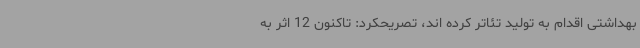
بهداشتی اقدام به تولید تئاتر کرده اند، تصریحکرد: تاکنون 12 اثر به